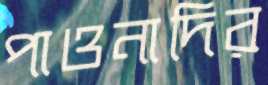
পাওনাদির